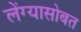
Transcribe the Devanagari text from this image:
लेंग्यासोबत